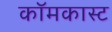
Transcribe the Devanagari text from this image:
कॉमकास्‍ट